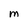
Character: M